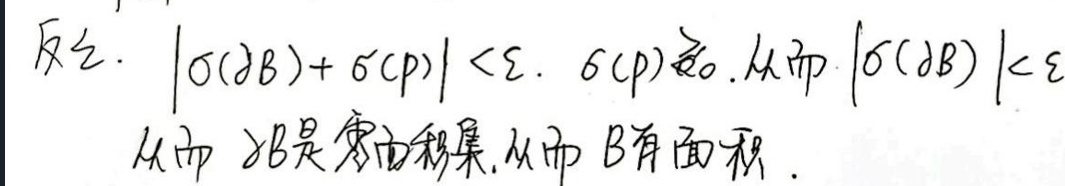
反之. \(|\sigma(\partial B)+\sigma(p)| < \varepsilon\). \(\sigma(p)\) 固定. 从而 \(|\sigma(\partial B)| < \varepsilon\).
从而 \(\partial B\) 是零面积集. 从而 \(B\) 有面积.